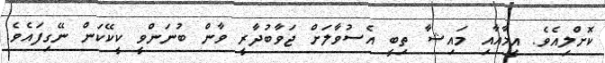
ކޮށްލިއެވެ. އީމާއާއި މައިޝާ ތިބީ އެސުވާލަށް ޖަވާބުދާރީ ވާން ބުނަންވީ ކީކޭކަން ނޭގިފައެވެ.